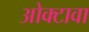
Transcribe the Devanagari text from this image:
ओक्टावा